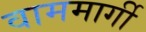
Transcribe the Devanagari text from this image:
वाममार्गी